Vaccination report Assam 1874-1896 - 1874-1896
Year: 1874
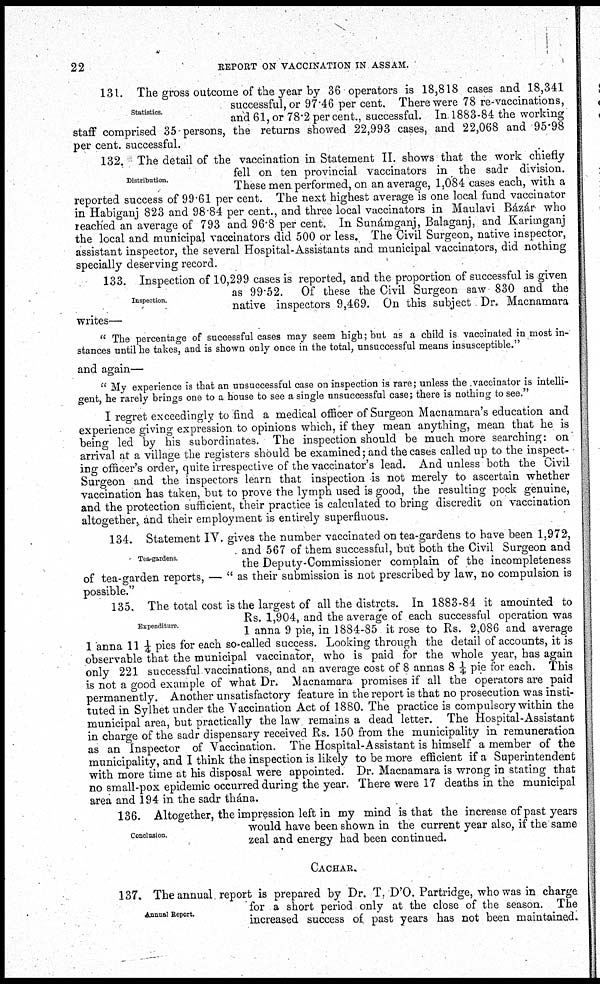
22
REPORT ON VACCINATION IN ASSAM.
Statistics.
131. The gross outcome of the year by 36 operators is 18,818 cases and 18,341
successful, or 97.46 per cent. There were 78 re-vaccinations,
and 61, or 78.2 per cent., successful. In 1883-84 the working
staff comprised 35 persons, the returns showed 22,993 cases, and 22,068 and 95.98
per cent. successful.
Distribution.
132. The detail of the vaccination in Statement II. shows that the work chiefly
fell on ten provincial vaccinators in the sadr division.
These men performed, on an average, 1,084 cases each, with a
reported success of 99.61 per cent. The next highest average is one local fund vaccinator
in Habiganj 823 and 98.84 per cent., and three local vaccinators in Maulavi Bázár who
reached an average of 793 and 96.8 per cent. In Sunámganj, Balaganj, and Karimganj
the local and municipal vaccinators did 500 or less. The Civil Surgeon, native inspector,
assistant inspector, the several Hospital-Assistants and municipal vaccinators, did nothing
specially deserving record.
Inspection.
133. Inspection of 10,299 cases is reported, and the proportion of successful is given
as 99.52. Of these the Civil Surgeon saw 830 and the
native inspectors 9,469. On this subject Dr. Macnamara
writes—
" The percentage of successful cases may seem high; but as a child is vaccinated in most in-
stances until he takes, and is shown only once in the total, unsuccessful means insusceptible."
and again—
" My experience is that an unsuccessful case on inspection is rare; unless the vaccinator is intelli-
gent, he rarely brings one to a house to see a single unsuccessful case; there is nothing to see."
I regret exceedingly to find a medical officer of Surgeon Macnamara's education and
experience giving expression to opinions which, if they mean anything, mean that he is
being led by his subordinates. The inspection should be much more searching: on
arrival at a village the registers should be examined; and the cases called up to the inspect-
ing officer's order, quite irrespective of the vaccinator's lead. And unless both the Civil
Surgeon and the inspectors learn that inspection is not merely to ascertain whether
vaccination has taken, but to prove the lymph used is good, the resulting pock genuine,
and the protection sufficient, their practice is calculated to bring discredit on vaccination
altogether, and their employment is entirely superfluous.
Tea-gardens
134. Statement IV. gives the number vaccinated on tea-gardens to have been 1,972,
and 567 of them successful, but both the Civil Surgeon and
the Deputy-Commissioner complain of the incompleteness
of tea-garden reports, — " as their submission is not prescribed by law, no compulsion is
possible."
Expenditure.
135. The total cost is the largest of all the distrcts. In 1883-84 it amounted to
Rs. 1,904, and the average of each successful operation was
1 anna 9 pie, in 1884-85 it rose to Rs. 2,086 and average
1 anna 11 ¼ pies for each so-called success. Looking through the detail of accounts, it is
observable that the municipal vaccinator, who is paid for the whole year, has again
only 221 successful vaccinations, and an average cost of 8 annas 8 ¼ pie for each. This
is not a good example of what Dr. Macnamara promises if all the operators are paid
permanently. Another unsatisfactory feature in the report is that no prosecution was insti-
tuted in Sylhet under the Vaccination Act of 1880. The practice is compulsory within the
municipal area, but practically the law remains a dead letter. The Hospital-Assistant
in charge of the sadr dispensary received Rs. 150 from the municipality in remuneration
as an Inspector of Vaccination. The Hospital-Assistant is himself a member of the
municipality, and I think the inspection is likely to be more efficient if a Superintendent
with more time at his disposal were appointed. Dr. Macnamara is wrong in stating that
no small-pox epidemic occurred during the year. There were 17 deaths in the municipal
area and 194 in the sadr thána.
Conclusion.
136. Altogether, the impression left in my mind is that the increase of past years
would have been shown in the current year also, if the same
zeal and energy had been continued.
CACHAR.
Annual Report.
137. The annual report is prepared by Dr. T. D'O. Partridge, who was in charge
for a short period only at the close of the season. The
increased success of past years has not been maintained.